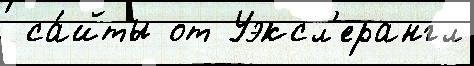
 са́йты от Уэксл'ерангл